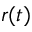
r ( t )